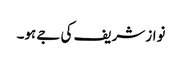
نواز شریف کی جے ہو۔